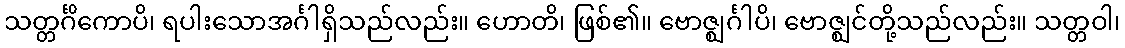
သတ္တင်္ဂိကောပိ၊ ရပါးသောအင်္ဂါရှိသည်လည်း။ ဟောတိ၊ ဖြစ်၏။ ဗောဇ္ဈင်္ဂါပိ၊ ဗောဇ္ဈင်တို့သည်လည်း။ သတ္တဝါ၊